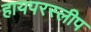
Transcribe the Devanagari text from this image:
हायपरस्लीप